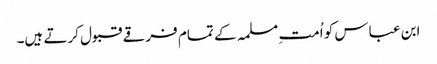
ابن عباس کو اُمت ِمسلمہ کے تمام فرقے قبول کرتے ہیں۔